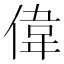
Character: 偉